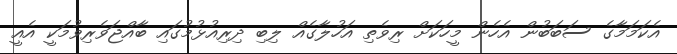
އެކަމަމާގެ ސަބަބުން އެހެން މީހަކަށް ރިވެތި އަހުލާގެއް ލިބި ދިރިއުޅުމުގައި ބާއްޖަވެރިވުމަކީ އެއީ